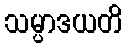
သမ္ပာဒယတိ